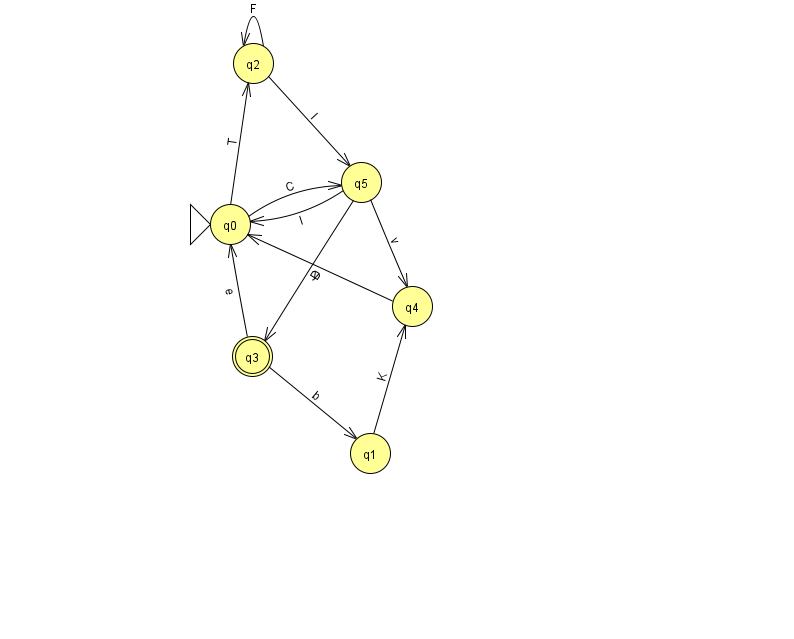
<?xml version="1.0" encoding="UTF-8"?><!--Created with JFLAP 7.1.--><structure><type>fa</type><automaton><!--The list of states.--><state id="0" name="q0"><x>230.0</x><y>211.0</y><initial/></state><state id="1" name="q1"><x>370.0</x><y>440.0</y></state><state id="2" name="q2"><x>253.0</x><y>50.0</y></state><state id="3" name="q3"><x>252.0</x><y>343.0</y><final/></state><state id="4" name="q4"><x>412.0</x><y>293.0</y></state><state id="5" name="q5"><x>361.0</x><y>169.0</y></state><!--The list of transitions.--><transition><from>0</from><to>2</to><read>T</read></transition><transition><from>2</from><to>5</to><read>I</read></transition><transition><from>3</from><to>0</to><read>e</read></transition><transition><from>5</from><to>0</to><read>I</read></transition><transition><from>1</from><to>4</to><read>K</read></transition><transition><from>2</from><to>2</to><read>F</read></transition><transition><from>3</from><to>1</to><read>b</read></transition><transition><from>5</from><to>3</to><read>D</read></transition><transition><from>5</from><to>4</to><read>v</read></transition><transition><from>0</from><to>5</to><read>C</read></transition><transition><from>4</from><to>0</to><read>y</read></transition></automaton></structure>